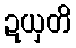
ဍယှတိ